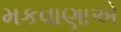
મકવાણાએ